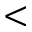
<